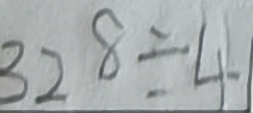
3 2 8 \div 4